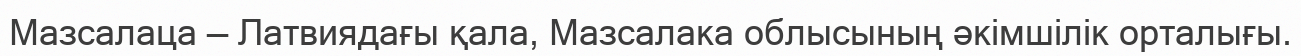
Мазсалаца — Латвиядағы қала, Мазсалака облысының әкімшілік орталығы.